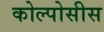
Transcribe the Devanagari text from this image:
कोल्पोसीस